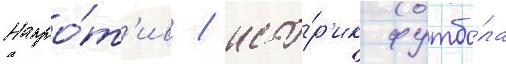
Напро́т'ив / исто́р'ик футбо́ла